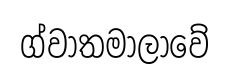
ග්වාතමාලාවේ